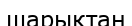
шарықтан